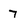
Character: 7